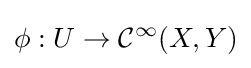
\phi :U\to {\mathcal {C}}^{\infty }(X,Y)